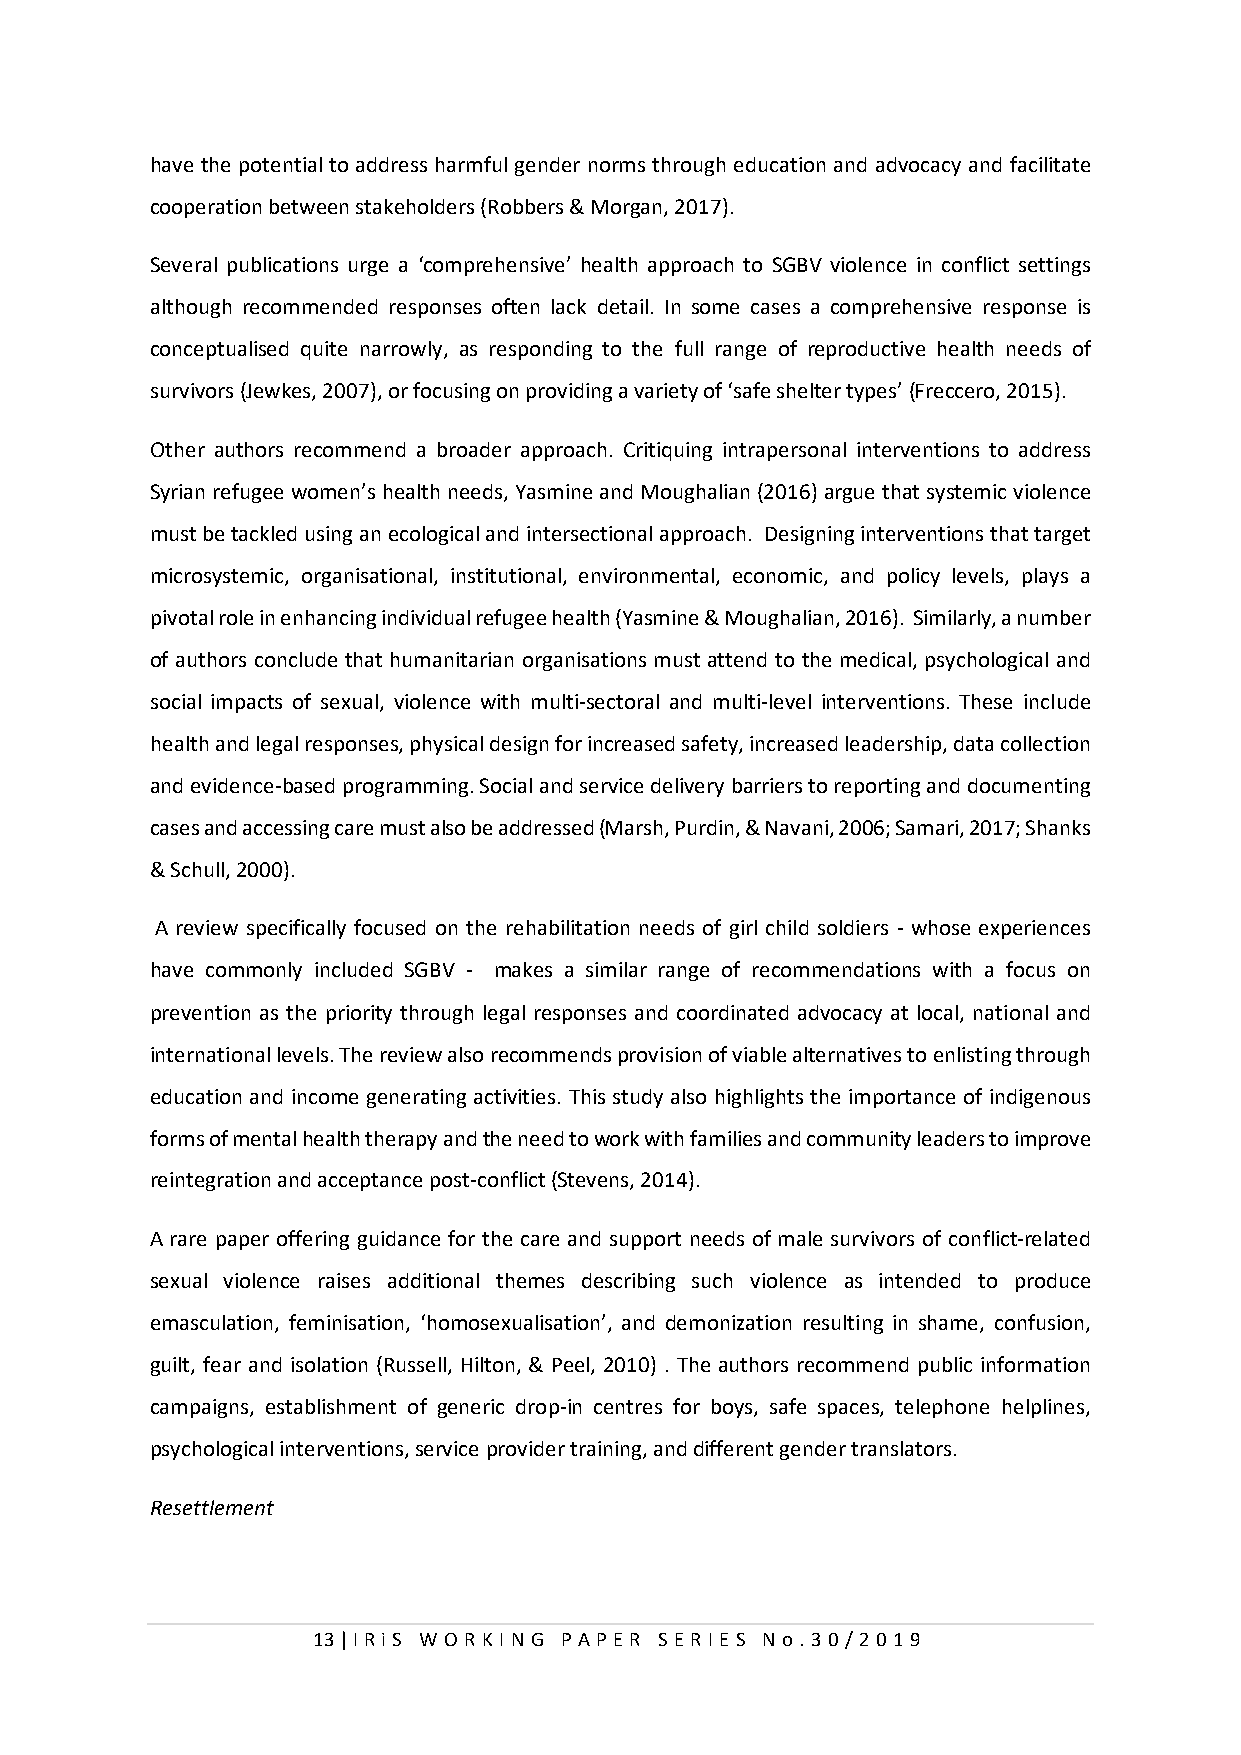
have the potential to address harmful gender norms through education and advocacy and facilitate
 cooperation between stakeholders (Robbers & Morgan, 2017).
 Several publications urge a ‘comprehensive’ health approach to SGBV violence in conflict settings
 although recommended responses often lack detail. In some cases a comprehensive response is
 conceptualised quite narrowly, as responding to the full range of reproductive health needs of
 survivors (Jewkes, 2007), or focusing on providing a variety of ‘safe shelter types’ (Freccero, 2015).
 Other authors recommend a broader approach. Critiquing intrapersonal interventions to address
 Syrian refugee women’s health needs, Yasmine and Moughalian (2016) argue that systemic violence
 must be tackled using an ecological and intersectional approach. Designing interventions that target
 microsystemic, organisational, institutional, environmental, economic, and policy levels, plays a
 pivotal role in enhancing individual refugee health (Yasmine & Moughalian, 2016). Similarly, a number
 of authors conclude that humanitarian organisations must attend to the medical, psychological and
 social impacts of sexual, violence with multi-sectoral and multi-level interventions. These include
 health and legal responses, physical design for increased safety, increased leadership, data collection
 and evidence-based programming. Social and service delivery barriers to reporting and documenting
 cases and accessing care must also be addressed (Marsh, Purdin, & Navani, 2006; Samari, 2017; Shanks
 & Schull, 2000).
 A review specifically focused on the rehabilitation needs of girl child soldiers - whose experiences
 have commonly included SGBV - makes a similar range of recommendations with a focus on
 prevention as the priority through legal responses and coordinated advocacy at local, national and
 international levels. The review also recommends provision of viable alternatives to enlisting through
 education and income generating activities. This study also highlights the importance of indigenous
 forms of mental health therapy and the need to work with families and community leaders to improve
 reintegration and acceptance post-conflict (Stevens, 2014).
 A rare paper offering guidance for the care and support needs of male survivors of conflict-related
 sexual violence raises additional themes describing such violence as intended to produce
 emasculation, feminisation, ‘homosexualisation’, and demonization resulting in shame, confusion,
 guilt, fear and isolation (Russell, Hilton, & Peel, 2010) . The authors recommend public information
 campaigns, establishment of generic drop-in centres for boys, safe spaces, telephone helplines,
 psychological interventions, service provider training, and different gender translators.
 Resettlement
 13 | I RiS W O RKI N G P AP E R SE RI E S N o . 30/201 9